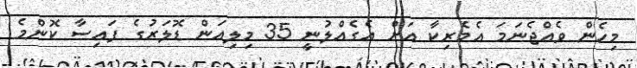
މިހެން ވެއްޖެނަމަ އެމެރިކާ އަށް އެގެއްލުނީ 35 މިލިއަން ޑޮލަރުގެ ފައިސާ ކޮންމެ